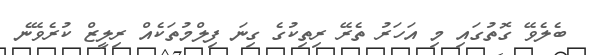
ބެލެވޭ ގޮތުގައި މި އަހަރު ތެރޭ ރިތިކުގެ ގިނަ ފިލްމުތަކެއް ރިލީޒް ކުރެވޭނެ